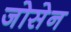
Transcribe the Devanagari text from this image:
जोसेन